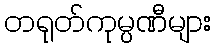
တရုတ်ကုမ္ပဏီများ